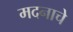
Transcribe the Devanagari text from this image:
मदनाचे